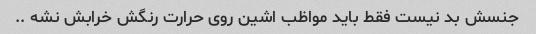
جنسش بد نیست فقط باید مواظب اشین روی حرارت رنگش خرابش نشه ..